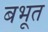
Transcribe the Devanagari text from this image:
बभूत